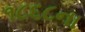
૧૮૬૮ના